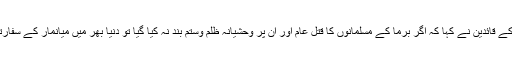
تحریک لبیک یارسول اللہ کے قائدین نے کہا کہ اگر برما کے مسلمانوں کا قتل عام اور ان پر وحشیانہ ظلم وستم بند نہ کیا گیا تو دنیا بھر میں میانمار کے سفارتخانوں کا گھیراؤ کرینگے۔